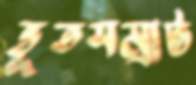
ভূতসম্রাট